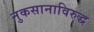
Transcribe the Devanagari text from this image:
नुकसानाविरुद्ध